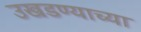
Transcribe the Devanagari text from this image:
उखडण्याच्या